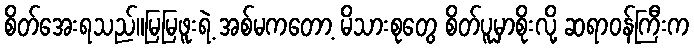
စိတ်အေးရသည်။မြမြဖူးရဲ့ အစ်မကတော့ မိသားစုတွေ စိတ်ပူမှာစိုးလို့ ဆရာဝန်ကြီးက